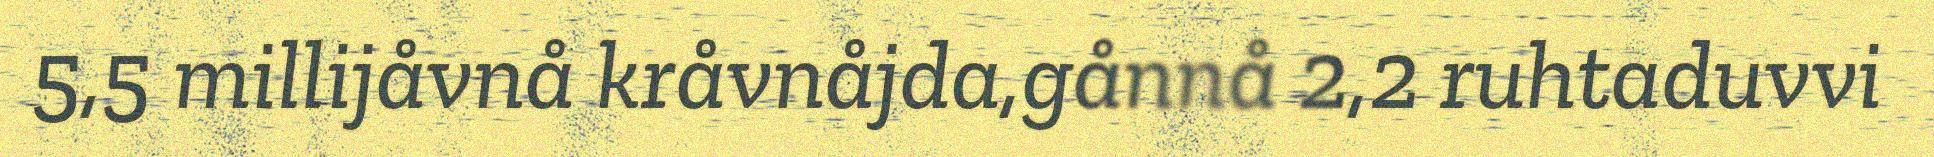
5,5 millijåvnå kråvnåjda,gånnå 2,2 ruhtaduvvi